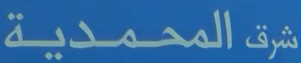
شرقالمحمدية